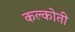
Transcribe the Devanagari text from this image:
कल्कोती